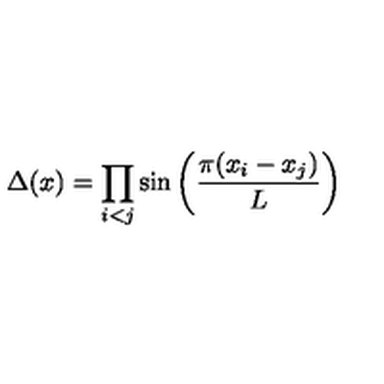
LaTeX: \Delta ( x ) = \prod _ { i < j } \sin \left( { \frac { \pi ( x _ { i } - x _ { j } ) } { L } } \right)